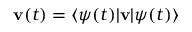
{ \bf v } ( t ) = \langle \psi ( t ) | { \bf v } | \psi ( t ) \rangle